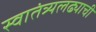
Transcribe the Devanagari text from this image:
स्वातंत्र्यलढ्याची